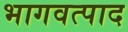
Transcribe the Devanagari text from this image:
भागवत्पाद